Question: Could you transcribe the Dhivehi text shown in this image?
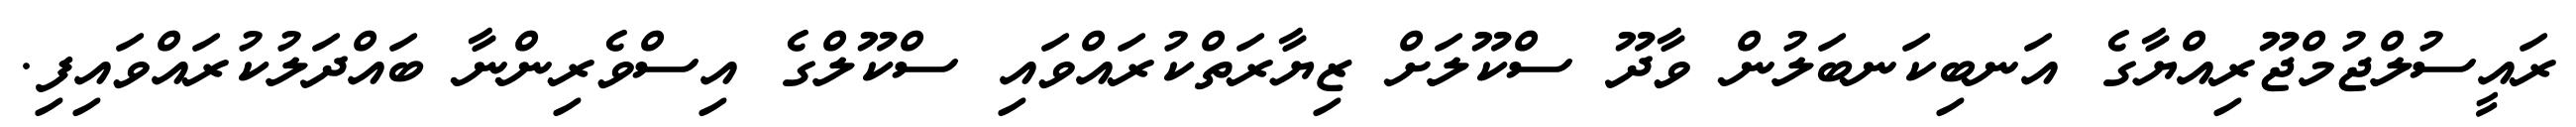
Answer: ރައީސުލްޖުމްޖޫރިއްޔާގެ އަނބިކަނބަލުން ވާދޫ ސްކޫލަށް ޒިޔާރަތްކުރައްވައި ސްކޫލްގެ އިސްވެރިންނާ ބައްދަލުކުރައްވައިފި.